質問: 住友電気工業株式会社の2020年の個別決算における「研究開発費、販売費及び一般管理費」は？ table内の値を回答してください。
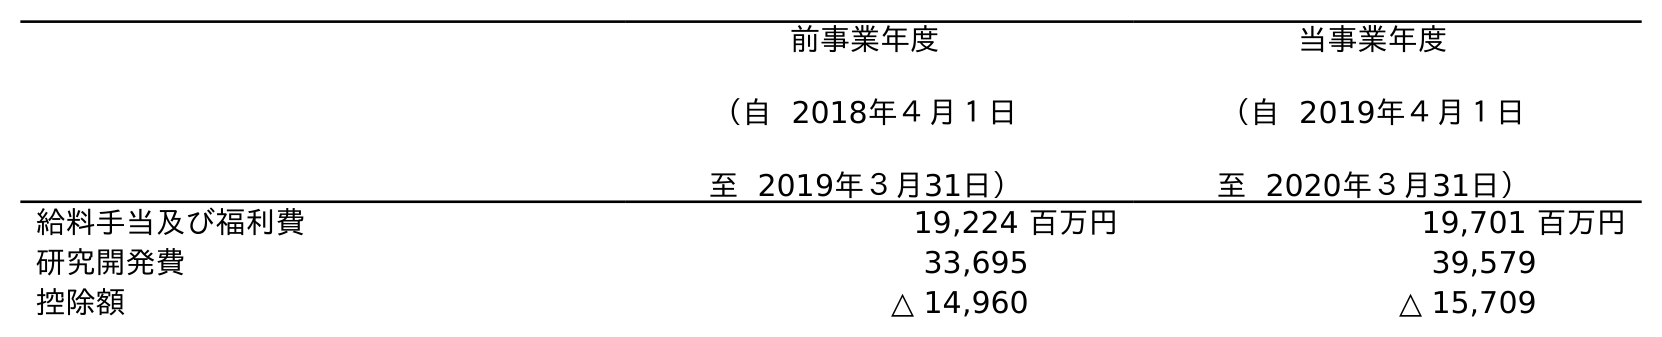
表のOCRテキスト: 前事業年度 （自 2018年４月１日 至 2019年３月31日） 当事業年度 （自 2019年４月１日 至 2020年３月31日） 給料手当及び福利費 19,224 百万円 19,701 百万円 研究開発費 33,695 39,579 控除額 △ 14,960 △ 15,709
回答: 39,579